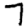
Digit: 7